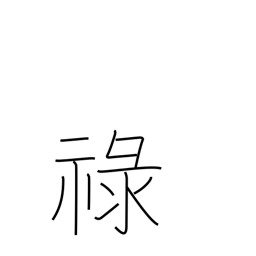
Meaning: allowance